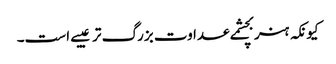
کیونکہ ہنر بچشمے عداوت بزرگ تر عیبے است۔